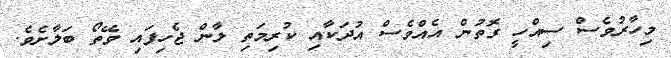
މިހާރުވެސް ސިއްހީ ގޮތުން އެއްވެސް އުދަކާއި ކުރިމަތި ލާން ޖެހިފައި ވޭތޯ ބަލާށެވެ.